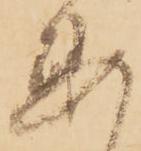
要